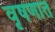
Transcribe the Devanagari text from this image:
वृषणात